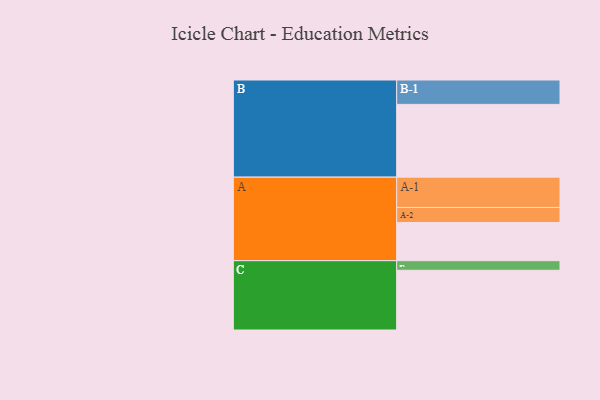
{"axis": {"x": "Segment", "y": "Value"}, "legend": ["", "A", "B", "C"], "data": [{"x": "A", "y": 310, "type": ""}, {"x": "B", "y": 591, "type": ""}, {"x": "C", "y": 485, "type": ""}, {"x": "A-1", "y": 246, "type": "A"}, {"x": "A-2", "y": 122, "type": "A"}, {"x": "B-1", "y": 198, "type": "B"}, {"x": "C-1", "y": 78, "type": "C"}]}